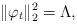
LaTeX: \begin{align*} \Vert \varphi_t \Vert_2^2 = \Lambda, \end{align*}